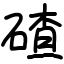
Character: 碴